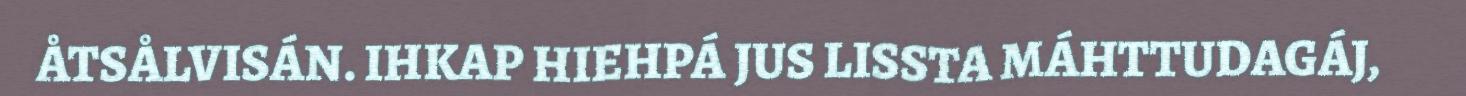
ÅTSÅLVISÁN. IHKAP HIEHPÁ JUS LISSTA MÁHTTUDAGÁJ,